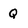
Character: Q